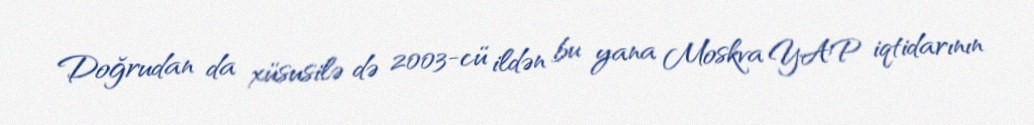
Doğrudan da xüsusilə də 2003-cü ildən bu yana Moskva YAP iqtidarının